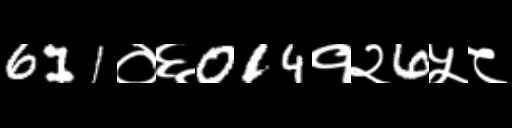
Text: 611०६014१२6५८